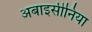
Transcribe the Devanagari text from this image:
अबाइसीनिया